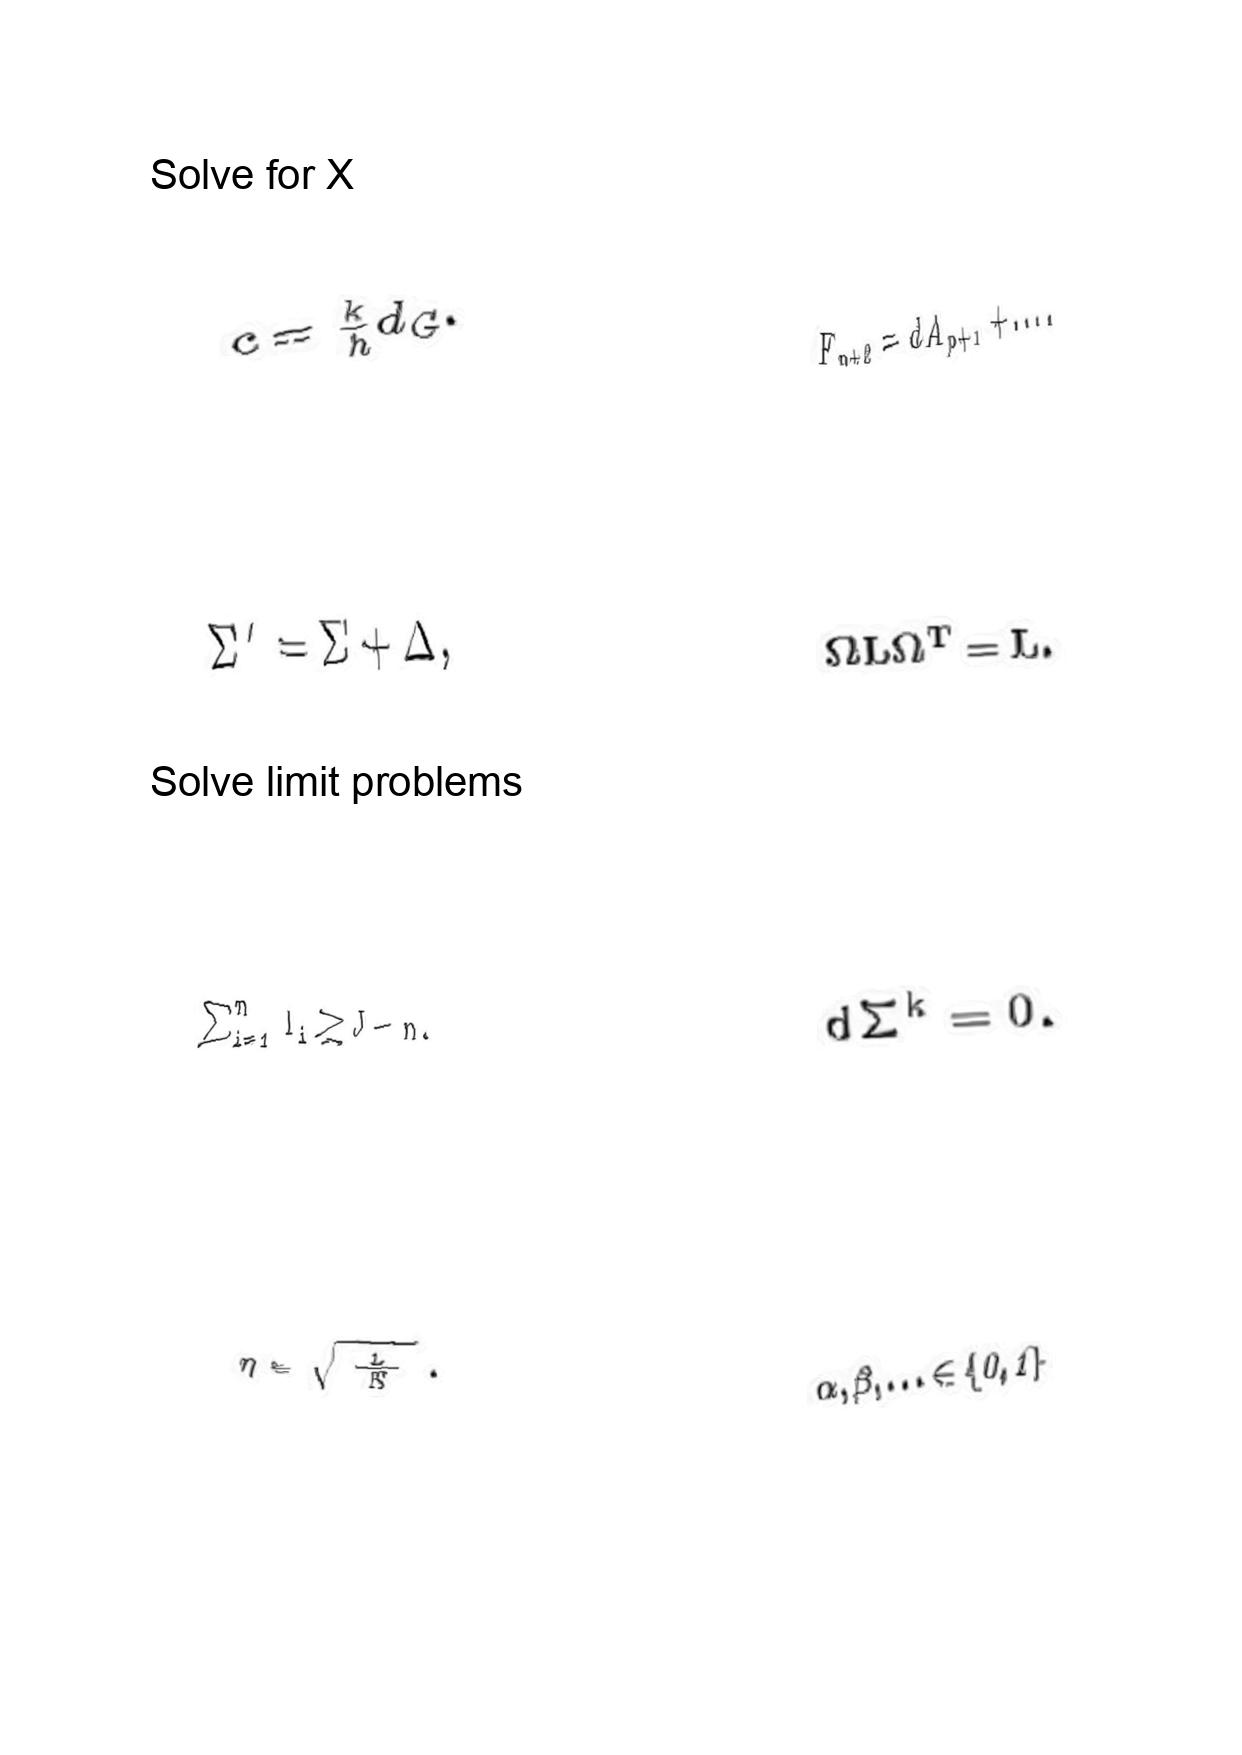
LaTeX transcription:
c = \frac { k } { h } d _ { G } .
\Sigma ^ { \prime } = \Sigma + \Delta ,
\sum _ { i = 1 } ^ { n } l _ { i } \geq J - n .
\eta = \sqrt { \frac { L } { N } } .
F _ { p + 2 } = d A _ { p + 1 } + \ldots .
\Omega L \Omega ^ { T } = L .
d \Sigma ^ { k } = 0 .
\alpha , \beta , \ldots \in \lbrace 0 , 1 \rbrace